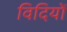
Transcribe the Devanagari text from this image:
विदियों